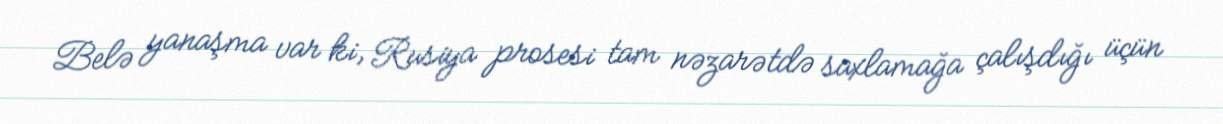
Belə yanaşma var ki, Rusiya prosesi tam nəzarətdə saxlamağa çalışdığı üçün